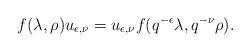
LaTeX: \begin{align*} f(\lambda,\rho)u_{\epsilon,\nu} = u_{\epsilon,\nu}f(q^{-\epsilon}\lambda,q^{-\nu}\rho).\end{align*}